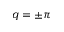
q = \pm \pi